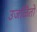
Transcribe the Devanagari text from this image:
उजळितो